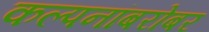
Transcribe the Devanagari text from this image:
कल्पनांबरोबर